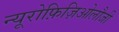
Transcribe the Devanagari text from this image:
न्यूरोफ़िज़िओलौजी